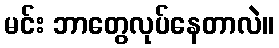
မင်း ဘာတွေလုပ်နေတာလဲ။